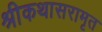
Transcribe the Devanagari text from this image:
श्रीकथासरामृत